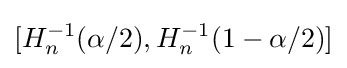
[H_{n}^{-1}(\alpha /2),H_{n}^{-1}(1-\alpha /2)]